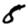
Digit: 8